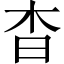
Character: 杳